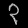
Digit: ၃